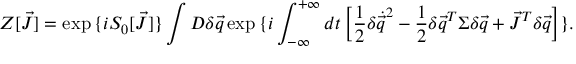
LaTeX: Z [ \vec { J } ] = \exp { \{ i S _ { 0 } [ \vec { J } ] \} } \int D \delta \vec { q } \exp { \{ i \int _ { - \infty } ^ { + \infty } d t \left[ \frac { 1 } { 2 } \delta \dot { \vec { q } } ^ { 2 } - \frac { 1 } { 2 } \delta \vec { q } ^ { T } \Sigma \delta \vec { q } + \vec { J } ^ { T } \delta \vec { q } \right] \} } .